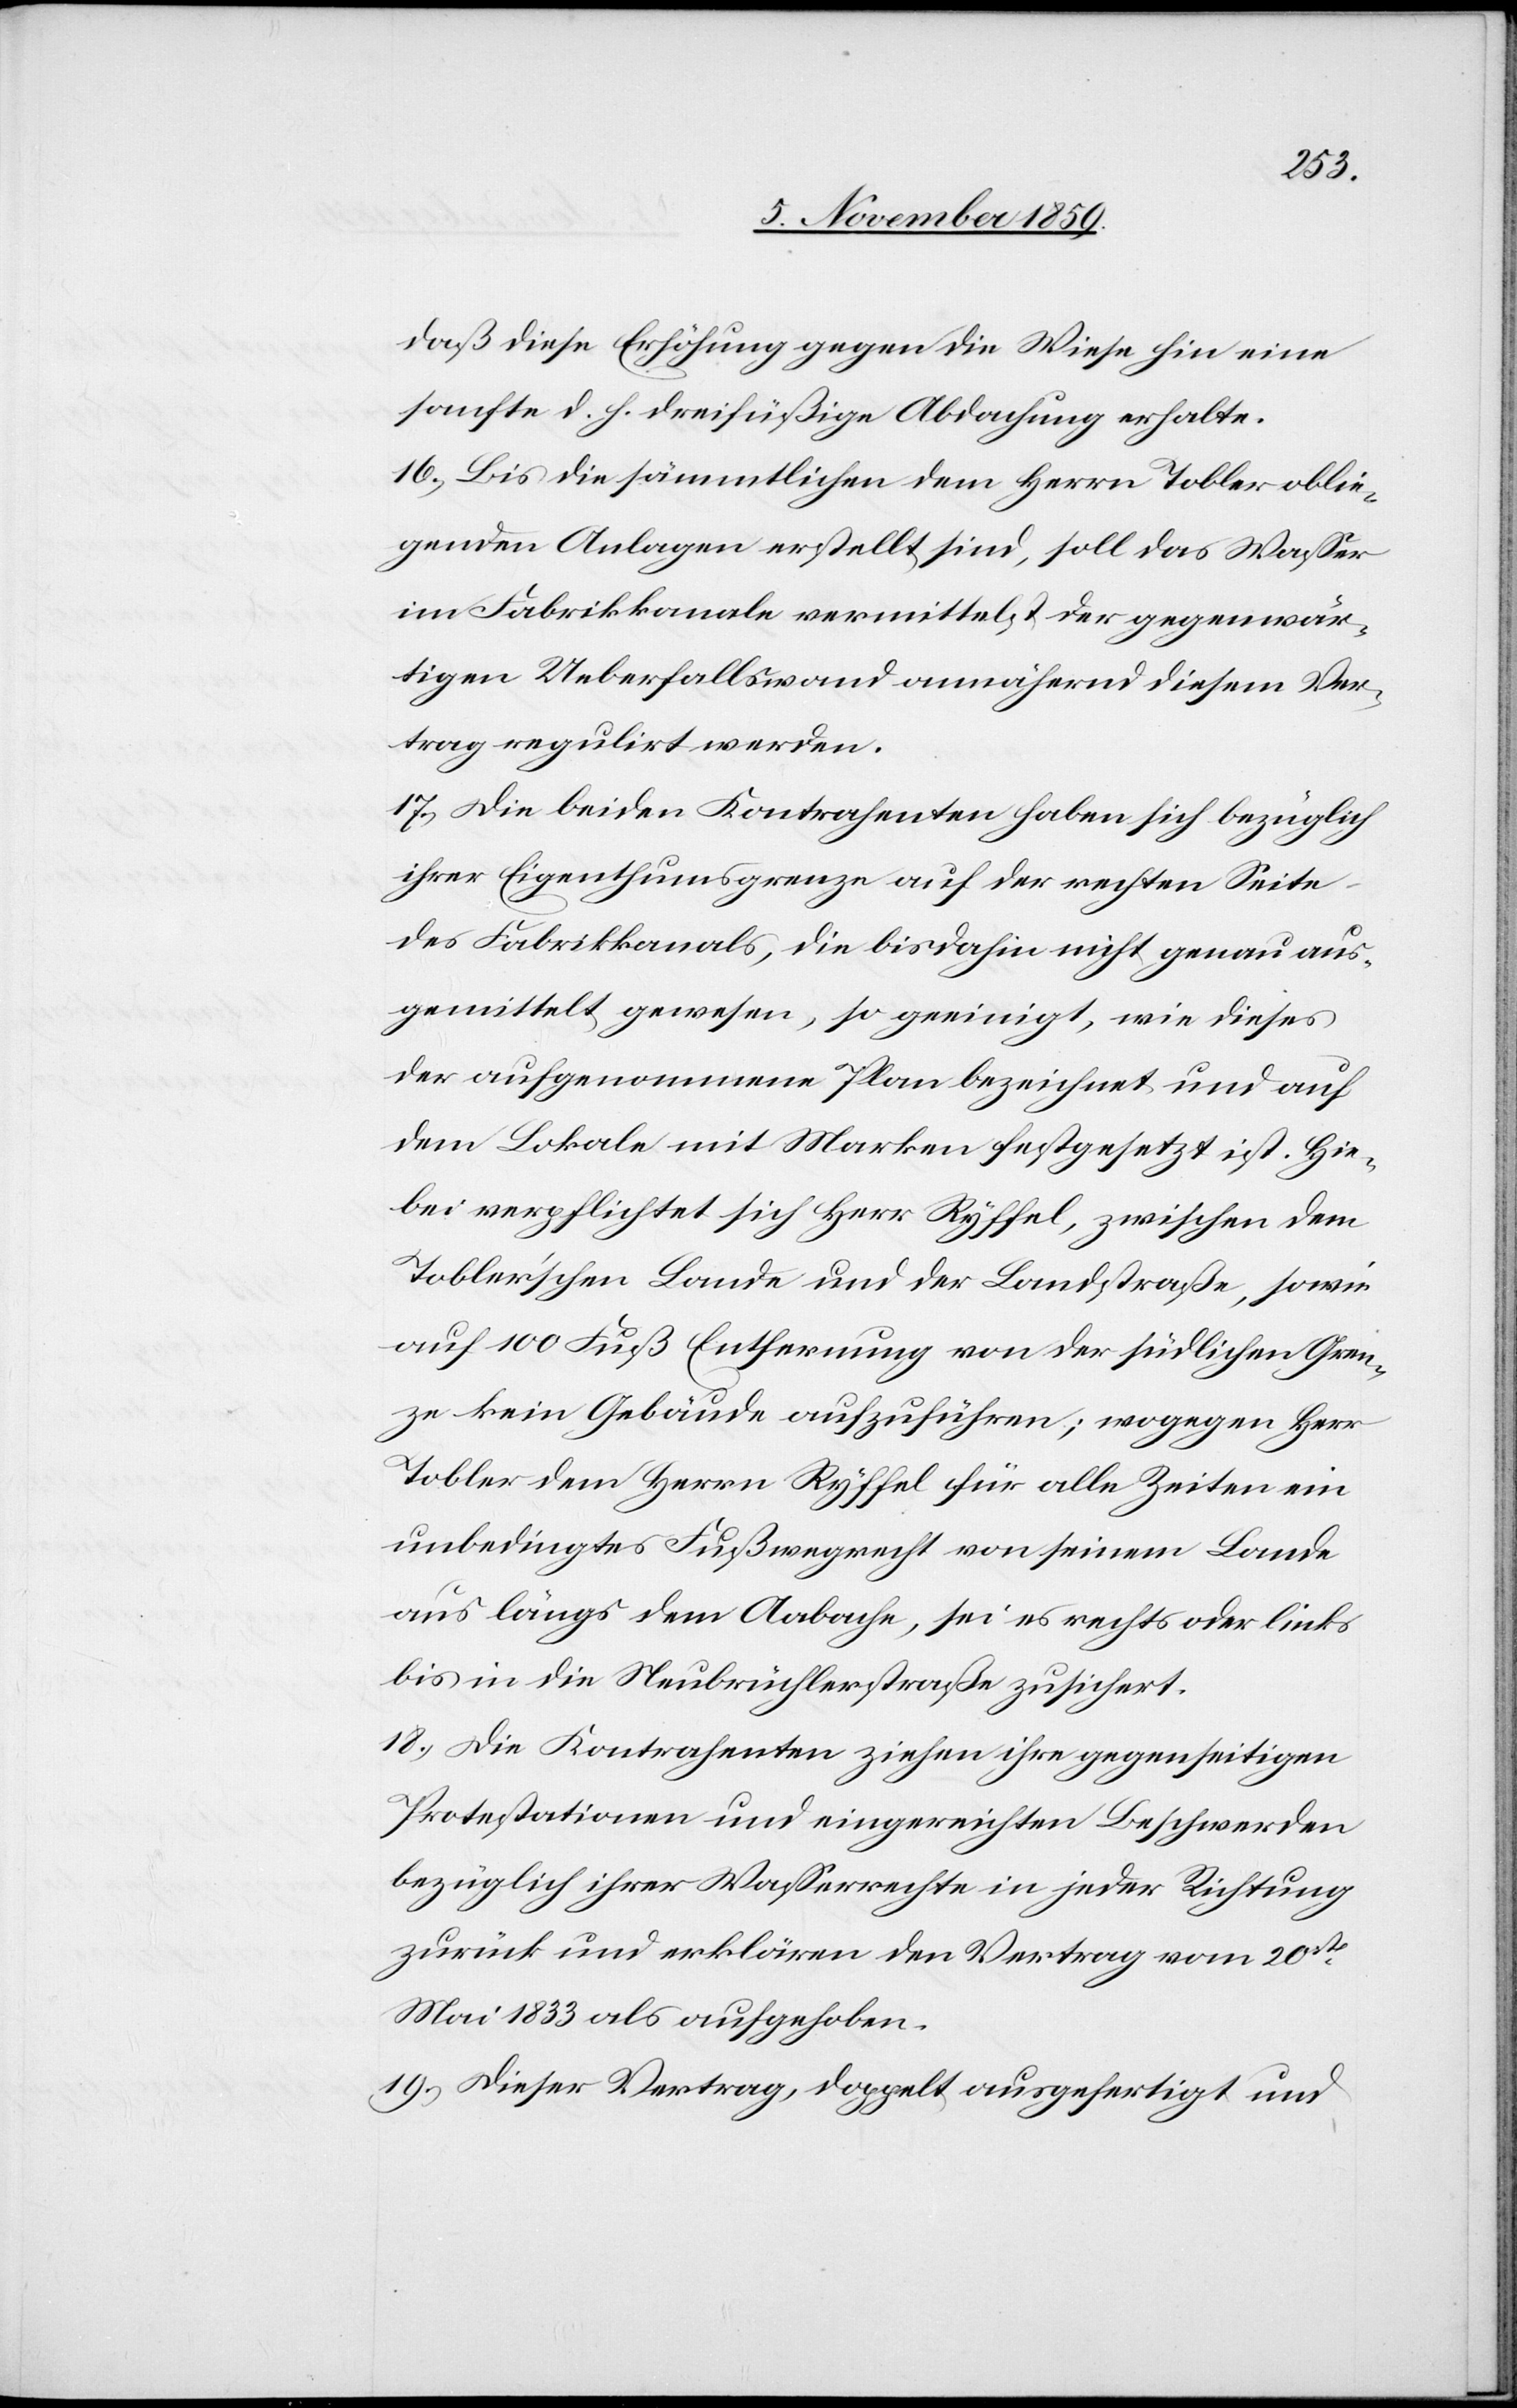
daß diese Erhöhung gegen die Wiese hin eine
sanfte d. h. dreifüßige Abdachung erhalte.
16) Bis die sämmtlichen dem Herrn Tobler oblie¬
genden Anlagen erstellt sind, soll das Wasser
im Fabrikkanale vermittelst der gegenwär¬
tigen Ueberfallswand annähernd diesem Ver¬
trag regulirt werden.
17) Die beiden Kontrahenten haben sich bezüglich
ihrer Eigenthumsgrenze auf der rechten Seite
des Fabrikkanals, die bis dahin nicht genau aus¬
gemittelt gewesen, so geeinigt, wie dieses
der aufgenommene Plan bezeichnet und auf
dem Lokale mit Marken festgesetzt ist. Hie¬
bei verpflichtet sich Herr Ryffel, zwischen dem
Tobler’schen Lande und der Landstraße, sowie
auf 100 Fuß Entfernung von der südlichen Gren¬
ze keine Gebäude aufzuführen; wogegen Herr
Tobler dem Herrn Ryffel für alle Zeiten ein
unbedingtes Fußwegrecht von seinem Lande
aus längs dem Aabache, sei es rechts oder links
bis in die Neubrüchlerstraße zugesichert.
18) Die Kontrahenten ziehen ihre gegenseitigen
Protestationen und eingereichten Beschwerden
bezüglich ihrer Wasserrechte in jeder Richtung
zurück und erklären den Vertrag vom 20ten
Mai 1833 als aufgehoben.
19) Dieser Vertrag, doppelt ausgefertigt und